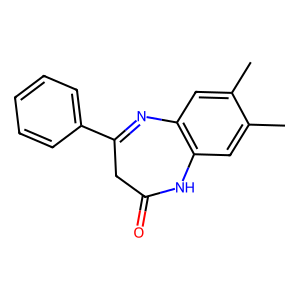
SMILES: Cc1cc2c(cc1C)NC(=O)CC(c1ccccc1)=N2
Inhibits HIV replication: No